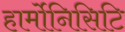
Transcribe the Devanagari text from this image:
हार्मोनिसिटि